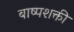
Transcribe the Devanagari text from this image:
बाष्पशक्ती